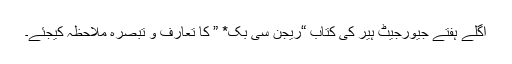
اگلے ہفتے جیورجیٹ ہیر کی کتاب “ریجن سی بک* ” کا تعارف و تبصرہ ملاحظہ کیجئے۔